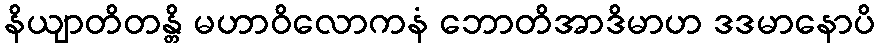
နိယျာတိတန္တိ မဟာဝိလောကနံ ဘောတိအာဒိမာဟ ဒဒမာနောပိ